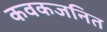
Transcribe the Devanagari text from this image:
कवकजनित